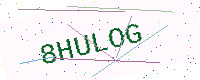
Text: 8HULOG